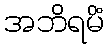
အဘိရမိံ